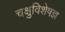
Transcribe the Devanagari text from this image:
चक्षुविशेषज्ञ